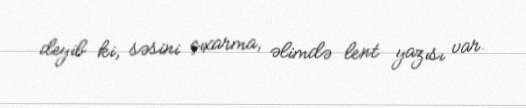
deyib ki, səsini çıxarma, əlimdə lent yazısı var.